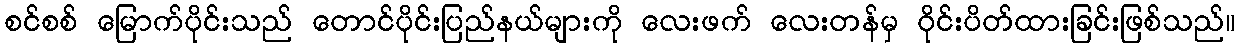
စင်စစ် မြောက်ပိုင်းသည် တောင်ပိုင်းပြည်နယ်များကို လေးဖက် လေးတန်မှ ဝိုင်းပိတ်ထားခြင်းဖြစ်သည်။